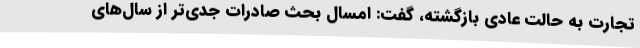
تجارت به حالت عادی بازگشته، گفت: امسال بحث صادرات جدی‌تر از سال‌های